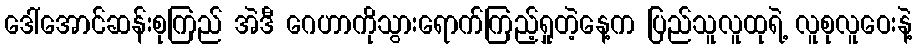
ဒေါ်အောင်ဆန်းစုကြည် အဲဒီ ဂေဟာကိုသွားရောက်ကြည့်ရှုတဲ့နေ့က ပြည်သူလူထုရဲ့ လူစုလူဝေးနဲ့